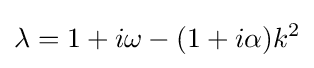
\lambda =1+i\omega -(1+i\alpha )k^{2}